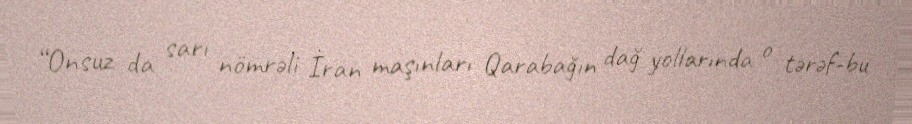
“Onsuz da sarı nömrəli İran maşınları Qarabağın dağ yollarında o tərəf-bu